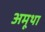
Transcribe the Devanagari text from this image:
अमूथा